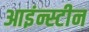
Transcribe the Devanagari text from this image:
आइंन्स्टीन